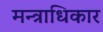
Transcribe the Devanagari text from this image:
मन्त्राधिकार